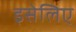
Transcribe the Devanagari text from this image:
इसेलिए